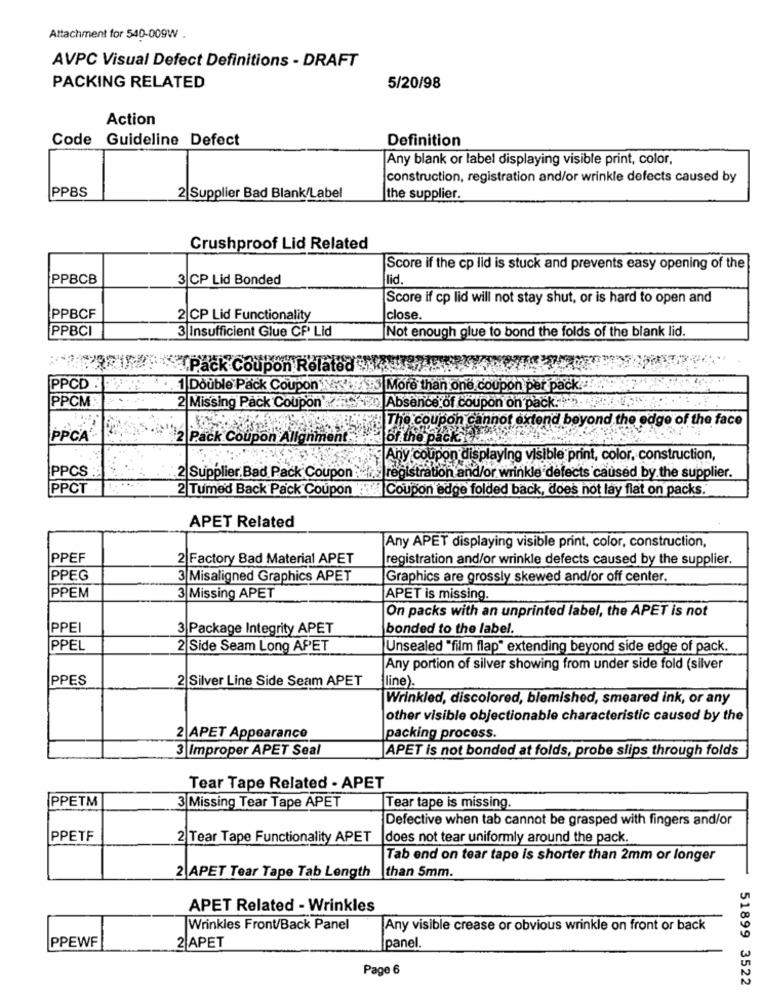
Attachment for 540-009W .
AVPC Visual Defect Definitions - DRAFT
PACKING RELATED
5/20/98
Action
Code Guideline Defect
Definition
Any blank or label displaying visible print, color,
construction, registration and/or wrinkle defects caused by
PPBS
2 Supplier Bad Blank/Label
the supplier.
Crushproof Lid Related
Score if the cp lid is stuck and prevents easy opening of the
PPBCB
3|CP Lid Bonded
lid.
Score if cp lid will not stay shut, or is hard to open and
PPBCF
2 CP Lid Functionality
close.
PPBCI
3 Insufficient Glue CF Lid
Not enough glue to bond the folds of the blank lid.
Pack Coupon Related
PPCD
. 1 Double Pack Coupon \ \\ \"3 More than one coupon per pack.
PPCM
2 Missing Pack Coupon ...
o Absence of coupon on pack. : 5
The coupo
of extend beyond the edge of the face
PPCA'
2 Pack Coupon Allg
of the pack
Any coupon displaying visible print, color. construction,
PPCS
2 Supplier Bad Pack Coupon
and/or wrinkle defects caused by the supplier.
PPCT
2 Tumed Back Pack Coupon
Coupon edge folded back, does not lay flat on packs.
APET Related
Any APET displaying visible print, color, construction,
PPEF
2 Factory Bad Material APET
registration and/or wrinkle defects caused by the supplier.
PPEG
3 Misaligned Graphics APET
Graphics are grossly skewed and/or off center.
PPEM
3 Missing APET
APET is missing.
On packs with an unprinted label, the APET is not
PPEI
3 Package Integrity APET
bonded to the label.
PPEL
2 Side Seam Long APET
Unsealed "film flap" extending beyond side edge of pack.
Any portion of silver showing from under side fold (silver
PPES
2 Silver Line Side Seam APET
{line).
Wrinkled, discolored, blemished, smeared ink, or any
other visible objectionable characteristic caused by the
2 APET Appearance
packing process.
3 Improper APET Seal
APET is not bonded at folds, probe slips through folds
Tear Tape Related - APET
PPETM
3 Missing Tear Tape APET
Tear tape is missing.
Defective when tab cannot be grasped with fingers and/or
PPETF
2 Tear Tape Functionality APET
does not tear uniformly around the pack.
Tab end on tear tape is shorter than 2mm or longer
than 5mm.
2 APET Tear Tape Tab Length
APET Related - Wrinkles
Wrinkles Front/Back Panel
Any visible crease or obvious wrinkle on front or back
PPEWF
2 APET
[panel.
Page 6
51899 3522